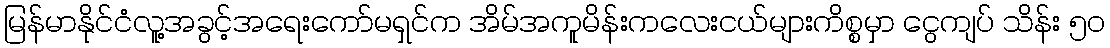
မြန်မာနိုင်ငံလူ့အခွင့်အရေးကော်မရှင်က အိမ်အကူမိန်းကလေးငယ်များကိစ္စမှာ ငွေကျပ် သိန်း ၅၀